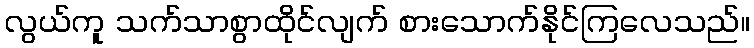
လွယ်ကူ သက်သာစွာထိုင်လျက် စားသောက်နိုင်ကြလေသည်။